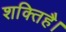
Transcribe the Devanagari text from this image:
शक्तिहै।